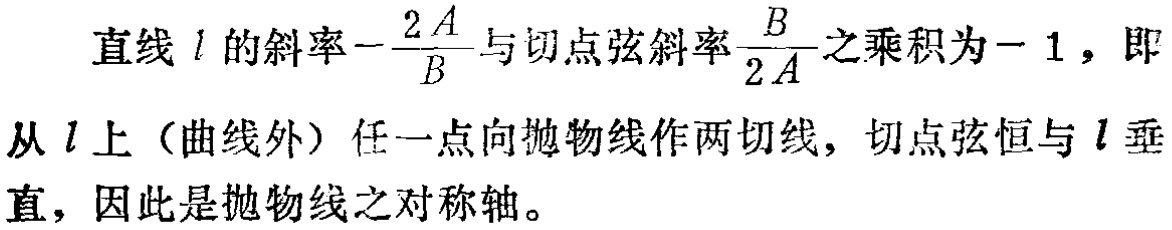
直线 \(l\) 的斜率\(-\frac{2A}{B}\)与切点弦斜率\(\frac{B}{2A}\)之乘积为\(- 1\)，即
从 \(l\) 上（曲线外）任一点向抛物线作两切线，切点弦恒与 \(l\) 垂直，因此是抛物线之对称轴。